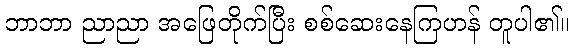
ဘာဘာ ညာညာ အဖြေတိုက်ပြီး စစ်ဆေးနေကြဟန် တူပါ၏။